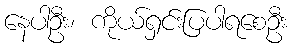
နေပါဦး၊ ကိုယ်ရှင်းပြပါရစေဦး